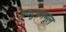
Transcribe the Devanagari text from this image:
अवटुकामूल